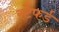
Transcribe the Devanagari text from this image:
स्टेफर्ड